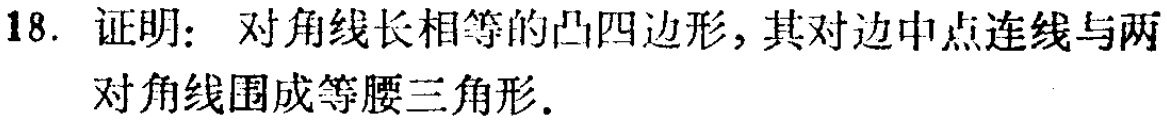
18. 证明：对角线长相等的凸四边形，其对边中点连线与两对角线围成等腰三角形.